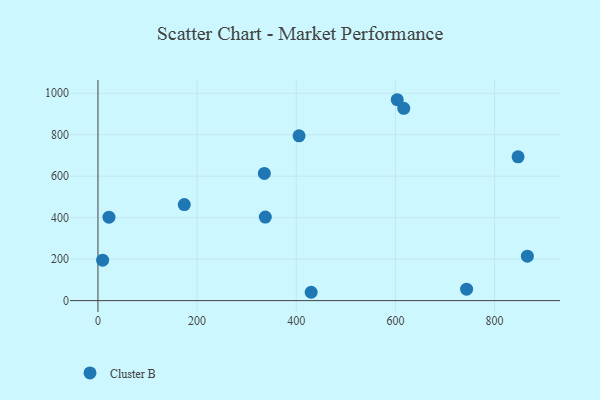
{"axis": {"x": "Engine Size", "y": "Salary"}, "legend": ["Cluster B"], "data": [{"x": "22.2", "y": 402.5, "type": "Cluster B"}, {"x": "337.5", "y": 402.7, "type": "Cluster B"}, {"x": "430.0", "y": 40.2, "type": "Cluster B"}, {"x": "743.5", "y": 55.3, "type": "Cluster B"}, {"x": "9.4", "y": 195.0, "type": "Cluster B"}, {"x": "866.1", "y": 214.3, "type": "Cluster B"}, {"x": "174.1", "y": 462.9, "type": "Cluster B"}, {"x": "616.8", "y": 927.1, "type": "Cluster B"}, {"x": "405.6", "y": 794.6, "type": "Cluster B"}, {"x": "603.6", "y": 968.5, "type": "Cluster B"}, {"x": "335.6", "y": 613.4, "type": "Cluster B"}, {"x": "847.3", "y": 693.0, "type": "Cluster B"}]}